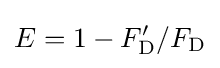
E=1-F_{\text{D}}'/F_{\text{D}}